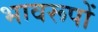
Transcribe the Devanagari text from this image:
भावरूपों